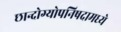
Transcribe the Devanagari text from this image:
छान्दोग्योपनिषदामध्ये